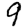
Digit: 9